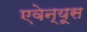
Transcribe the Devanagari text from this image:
एवेन्यूस